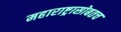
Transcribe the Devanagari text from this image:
महाराष्ट्रासोबतच